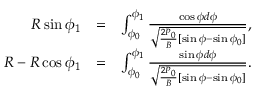
\begin{array} { r l r } { R \sin \phi _ { 1 } } & { = } & { \int _ { \phi _ { 0 } } ^ { \phi _ { 1 } } \frac { \cos \phi d \phi } { \sqrt { \frac { 2 P _ { 0 } } { B } [ \sin \phi - \sin \phi _ { 0 } ] } } , } \\ { R - R \cos \phi _ { 1 } } & { = } & { \int _ { \phi _ { 0 } } ^ { \phi _ { 1 } } \frac { \sin \phi d \phi } { \sqrt { \frac { 2 P _ { 0 } } { B } [ \sin \phi - \sin \phi _ { 0 } ] } } . } \end{array}